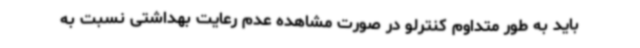
باید به طور متداوم کنترلو در صورت مشاهده عدم رعایت بهداشتی نسبت به